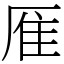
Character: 㕍